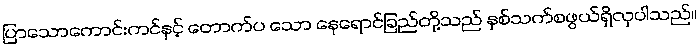
ပြာသောကောင်းကင်နှင့် တောက်ပ သော နေရောင်ခြည်တို့သည် နှစ်သက်စဖွယ်ရှိလှပါသည်။